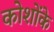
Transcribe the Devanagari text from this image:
कोशोंके